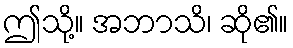
ဤသို့။ အဘာသိ၊ ဆို၏။